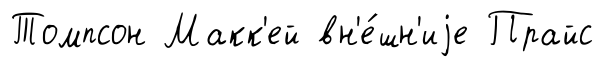
Томпсон Макк'ей вн'е́шн'иjе Прайс